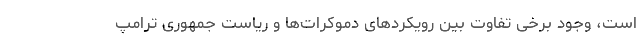
است، وجود برخی تفاوت‌ بین رویکردهای دموکرات‌ها و ریاست جمهوری ترامپ